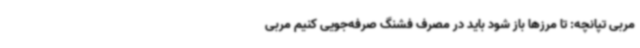
مربی تپانچه: تا مرزها باز شود باید در مصرف فشنگ صرفه‌جویی کنیم مربی